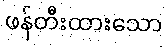
ဖန်တီးထားသော